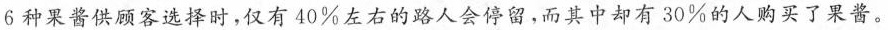
6种果酱供顾客选择时，仅有40\%左右的路人会停留，而其中却有30\%的人购买了果酱。